Annual report of the Imperial Bacteriologist
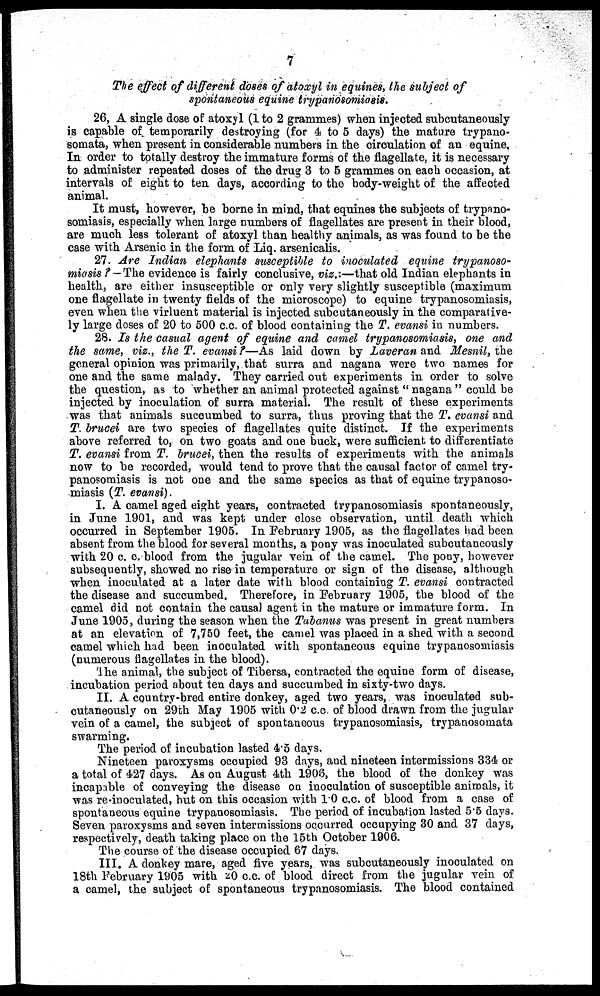
7
The effect of different doses of atoxyl in equines, the subject of
spontaneous equine trypanosomiasis.
26, A single dose of atoxyl (1 to 2 grammes) when injected subcutaneously
is capable of temporarily destroying (for 4 to 5 days) the mature trypano-
somata, when present in considerable numbers in the circulation of an equine.
In order to totally destroy the immature forms of the flagellate, it is necessary
to administer repeated doses of the drug 3 to 5 grammes on each occasion, at
intervals of eight to ten days, according to the body-weight of the affected
animal.
It must, however, be borne in mind, that equines the subjects of trypano-
somiasis, especially when large numbers of flagellates are present in their blood,
are much less tolerant of atoxyl than healthy animals, as was found to be the
case with Arsenic in the form of Liq. arsenicalis.
27. Are Indian elephants susceptible to inoculated equine trypanoso-
miasis ?—The evidence is fairly conclusive, viz.:—that old Indian elephants in
health, are either insusceptible or only very slightly susceptible (maximum
one flagellate in twenty fields of the microscope) to equine trypanosomiasis,
even when the virluent material is injected subcutaneously in the comparative-
ly large doses of 20 to 500 c.c. of blood containing the T. evansi in numbers.
28. Is the casual agent of equine and camel trypanosomiasis, one and
the same, viz., the T. evansi ?—As laid down by Laveran and Mesnil, the
general opinion was primarily, that surra and nagana were two names for
one and the same malady. They carried out experiments in order to solve
the question, as to whether an animal protected against "nagana" could be
injected by inoculation of surra material. The result of these experiments
was that animals succumbed to surra, thus proving that the T. evansi and
T. brucei are two species of flagellates quite distinct. If the experiments
above referred to, on two goats and one buck, were sufficient to differentiate
T. evansi from T. brucei, then the results of experiments with the animals
now to be recorded, would tend to prove that the causal factor of camel try-
panosomiasis is not one and the same species as that of equine trypanoso-
miasis (T. evansi).
I. A camel aged eight years, contracted trypanosomiasis spontaneously,
in June 1901, and was kept under close observation, until death which
occurred in September 1905. In February 1905, as the flagellates had been
absent from the blood for several months, a pony was inoculated subcutaneously
with 20 c. c. blood from the jugular vein of the camel. The pony, however
subsequently, showed no rise in temperature or sign of the disease, although
when inoculated at a later date with blood containing T. evansi contracted
the disease and succumbed. Therefore, in February 1905, the blood of the
camel did not contain the causal agent in the mature or immature form. In
June 1905, during the season when the Tabanus was present in great numbers
at an elevation of 7,750 feet, the camel was placed in a shed with a second
camel which had been inoculated with spontaneous equine trypanosomiasis
(numerous flagellates in the blood).
The animal, the subject of Tibersa, contracted the equine form of disease,
incubation period about ten days and succumbed in sixty-two days.
II. A country-bred entire donkey, aged two years, was inoculated sub-
cutaneously on 29th May 1905 with 0.2 c.c. of blood drawn from the jugular
vein of a camel, the subject of spontaneous trypanosomiasis, trypanosomata
swarming.
The period of incubation lasted 4.5 days.
Nineteen paroxysms occupied 93 days, and nineteen intermissions 334 or
a total of 427 days. As on August 4th 1906, the blood of the donkey was
incapable of conveying the disease on inoculation of susceptible animals, it
was re-inoculated, but on this occasion with 1.0 c.c. of blood from a case of
spontaneous equine trypanosomiasis. The period of incubation lasted 5.5 days.
Seven paroxysms and seven intermissions occurred occupying 30 and 37 days,
respectively, death taking place on the 15th October 1906.
The course of the disease occupied 67 days.
III. A donkey mare, aged five years, was subcutaneously inoculated on
18th February 1905 with 20 c.c. of blood direct from the jugular vein of
a camel, the subject of spontaneous trypanosomiasis. The blood contained